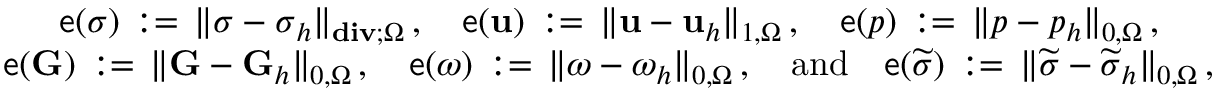
\begin{array} { c } { \displaystyle \mathsf { e } ( { \boldsymbol \sigma } ) \, : = \, \| { \boldsymbol \sigma } - { \boldsymbol \sigma } _ { h } \| _ { \mathbf { d i v } ; \Omega } \, , \quad \mathsf { e } ( \mathbf { u } ) \, : = \, \| \mathbf { u } - \mathbf { u } _ { h } \| _ { 1 , \Omega } \, , \quad \mathsf { e } ( p ) \, : = \, \| p - p _ { h } \| _ { 0 , \Omega } \, , } \\ { \displaystyle \displaystyle \mathsf { e } ( \mathbf { G } ) \, : = \, \| \mathbf { G } - \mathbf { G } _ { h } \| _ { 0 , \Omega } \, , \quad \mathsf { e } ( { \boldsymbol \omega } ) \, : = \, \| { \boldsymbol \omega } - { \boldsymbol \omega } _ { h } \| _ { 0 , \Omega } \, , { \quad \mathrm { a n d } \quad } \mathsf { e } ( \widetilde { { \boldsymbol \sigma } } ) \, : = \, \| \widetilde { { \boldsymbol \sigma } } - \widetilde { { \boldsymbol \sigma } } _ { h } \| _ { 0 , \Omega } \, , } \end{array}